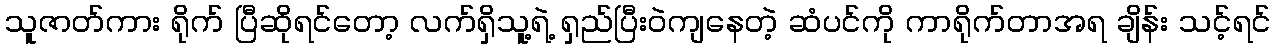
သူဇာတ်ကား ရိုက် ပြီဆိုရင်တော့ လက်ရှိသူ့ရဲ့ ရှည်ပြီးဝဲကျနေတဲ့ ဆံပင်ကို ကာရိုက်တာအရ ချိန်း သင့်ရင်